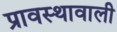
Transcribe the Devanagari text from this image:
प्रावस्थावाली